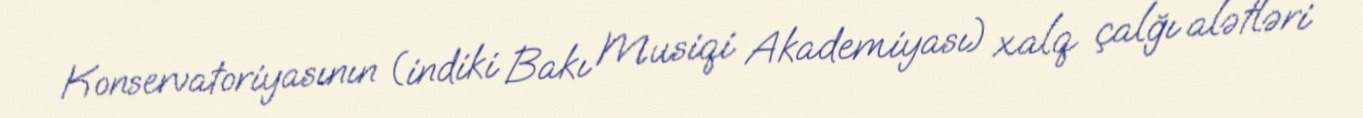
Konservatoriyasının (indiki Bakı Musiqi Akademiyası) xalq çalğı alətləri